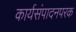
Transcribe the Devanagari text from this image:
कार्यसंपादनपरक